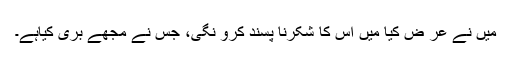
میں نے عر ض کیا میں اس کا شکرنا پسند کرو نگی، جس نے مجھے بری کیاہے۔